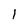
Character: l